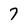
Character: 7